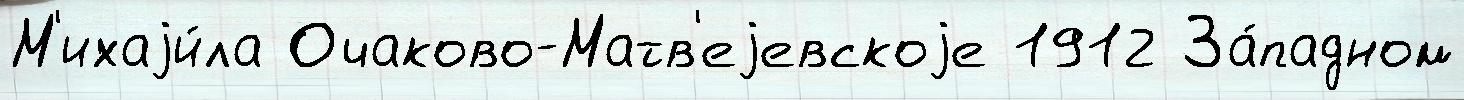
М'ихаjи́ла Очаково-Матв'еjевскоjе 1912 За́падном